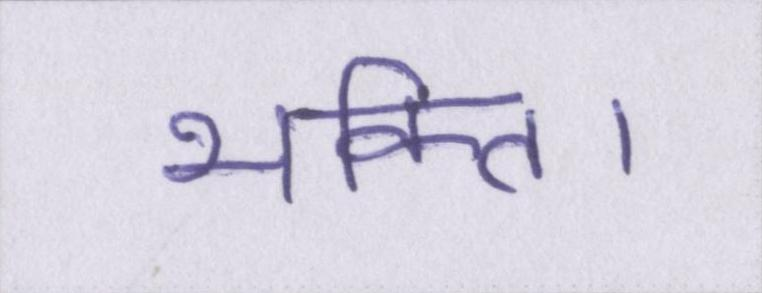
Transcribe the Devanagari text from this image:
भक्ति।